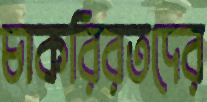
চাকরিরতদের